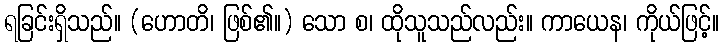
ရခြင်းရှိသည်။ (ဟောတိ၊ ဖြစ်၏။) သော စ၊ ထိုသူသည်လည်း။ ကာယေန၊ ကိုယ်ဖြင့်။